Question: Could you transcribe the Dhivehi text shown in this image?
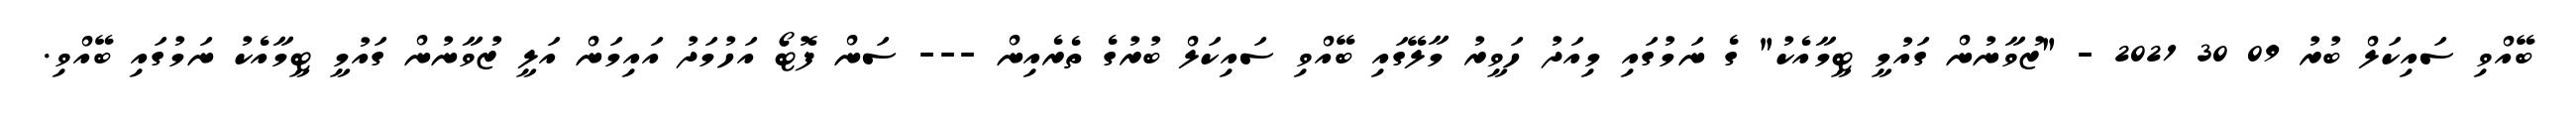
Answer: ބޭއްވި ސައިކަލް ބުރު 09 30 2021 - "ޒުވާނުން ގައުމީ ޓީމާއެކު" ގެ ނަމުގައި މިއަދު ހަވީރު މާލޭގައި ބޭއްވި ސައިކަލް ބުރުގެ ތެރެއިން --- ސަން ފޮޓޯ އަހުމަދު އައިމަން އަލީ ޒުވާނުން ގައުމީ ޓީމާއެކު ނަމުގައި ބޭއްވި.